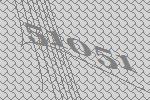
51051